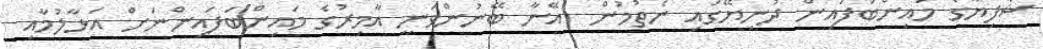
ޝާފިޔާގެ މައިންބަފައިން ދުނިޔޭގައި ނެތުމުން  އޭނާ ބޭނުންވަނީ އާމިރުގެ މައިންބަފައިންނަށް އަޅާލުމާއި